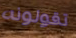
تقولونه